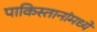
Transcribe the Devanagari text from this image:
पाकिस्तानांमध्ये